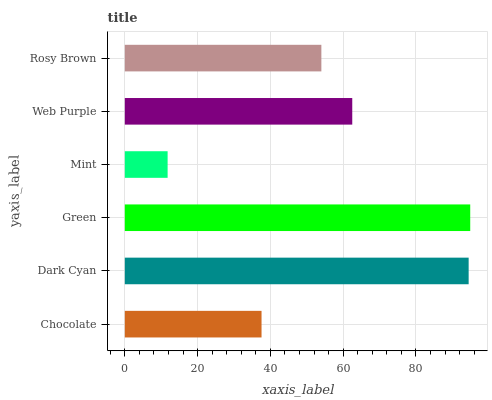
| yaxis_label | bars |
 | --- | --- |
 | Chocolate | 37.6 |
 | Dark Cyan | 94.5 |
 | Green | 94.9 |
 | Mint | 11.8 |
 | Web Purple | 62.5 |
 | Rosy Brown | 54 |